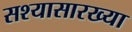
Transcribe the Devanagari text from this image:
सश्यासारख्या